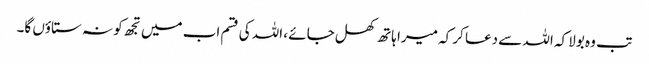
تب وہ بولا کہ اللہ سے دعا کر کہ میرا ہاتھ کھل جائے ، اللہ کی قسم اب میں تجھ کو نہ ستاؤں گا۔